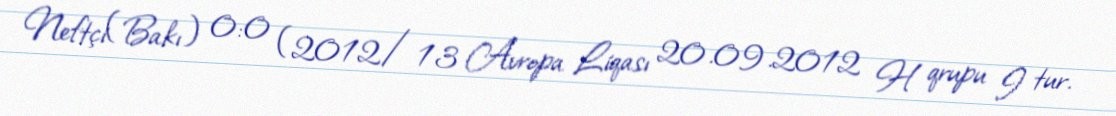
Neftçi(Bakı) 0:0 (2012/13 Avropa Liqası 20.09.2012 H qrupu I tur.